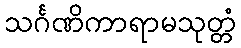
သင်္ဂဏိကာရာမသုတ္တံ